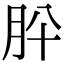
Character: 肸